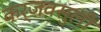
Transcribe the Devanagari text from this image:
कर्जवसुली